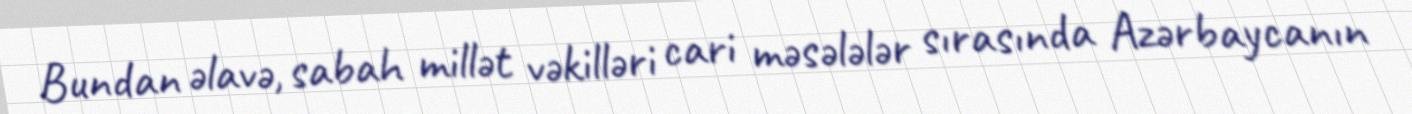
Bundan əlavə, sabah millət vəkilləri cari məsələlər sırasında Azərbaycanın